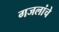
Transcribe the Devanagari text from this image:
गजलांचे